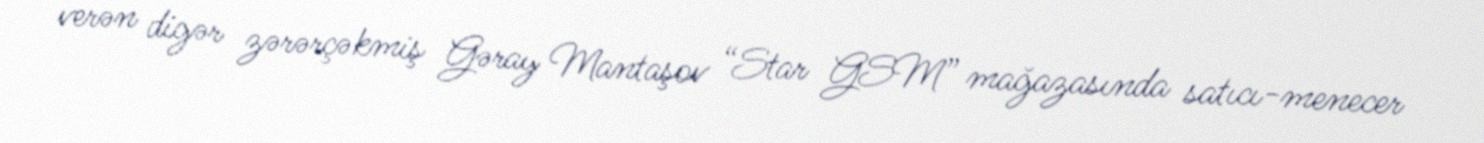
verən digər zərərçəkmiş Gəray Mantaşov “Star GSM” mağazasında satıcı-menecer